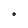
Character: O